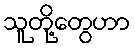
သူတို့တွေဟာ